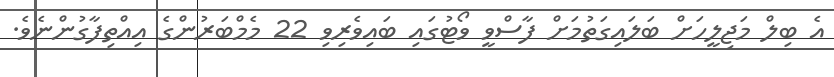
އެ ބިލް މަޖިލީހަށް ބަލައިގަތުމަށް ފާސްވީ ވޯޓުގައި ބައިވެރިވި 22 މެމްބަރުންގެ އިއްތިފާގުންނެވެ.